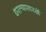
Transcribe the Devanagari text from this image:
धरल्यासारखें